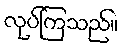
လုပ်ကြသည်။